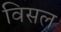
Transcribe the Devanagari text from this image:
विसल